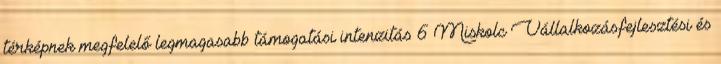
térképnek megfelelő legmagasabb támogatási intenzitás 6 Miskolc Vállalkozásfejlesztési és